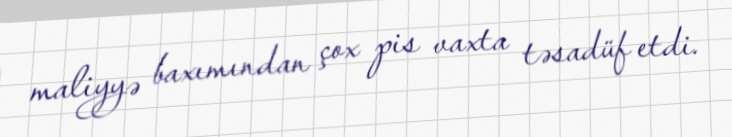
maliyyə baxımından çox pis vaxta təsadüf etdi.